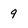
Character: 9